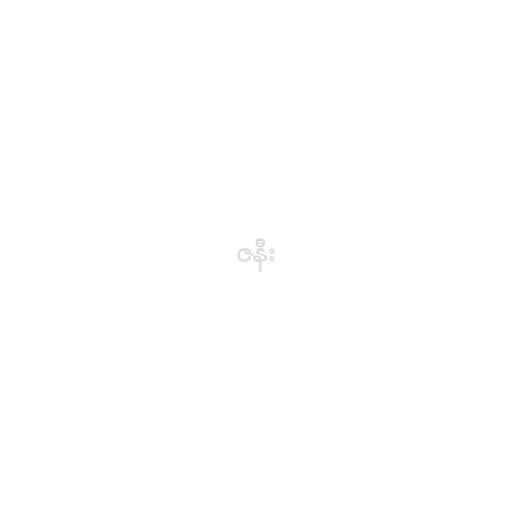
ဇနီး